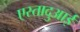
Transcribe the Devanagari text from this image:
एस्तादुआई